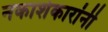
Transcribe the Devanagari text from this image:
नकाशेकारांनी